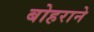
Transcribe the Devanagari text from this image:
बोहराने